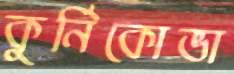
কুর্নিকোভা